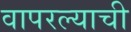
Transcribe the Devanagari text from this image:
वापरल्याची